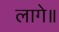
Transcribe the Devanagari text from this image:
लागे॥